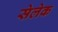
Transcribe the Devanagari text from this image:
सेलेक